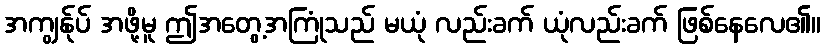
အကျွန်ုပ် အဖို့မူ ဤအတွေ့အကြုံသည် မယုံ လည်းခက် ယုံလည်းခက် ဖြစ်နေလေ၏။